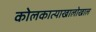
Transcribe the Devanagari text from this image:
कोलकात्याखालोखाल